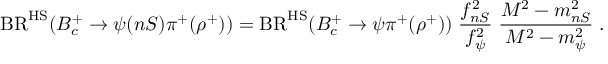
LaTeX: \mathrm { B R } ^ { \mathrm { H S } } ( B _ { c } ^ { + } \to \psi ( n S ) \pi ^ { + } ( \rho ^ { + } ) ) = \mathrm { B R } ^ { \mathrm { H S } } ( B _ { c } ^ { + } \to \psi \pi ^ { + } ( \rho ^ { + } ) ) \; \frac { f _ { n S } ^ { 2 } } { f _ { \psi } ^ { 2 } } \; \frac { M ^ { 2 } - m _ { n S } ^ { 2 } } { M ^ { 2 } - m _ { \psi } ^ { 2 } } \; .